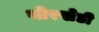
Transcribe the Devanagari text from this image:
बोरखेडी